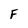
Character: F